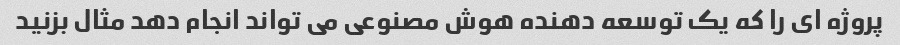
پروژه ای را که یک توسعه دهنده هوش مصنوعی می تواند انجام دهد مثال بزنید